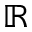
\mathbb { R }